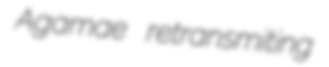
Agamae retransmiting